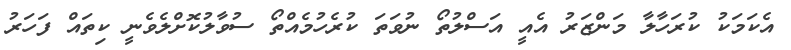
އެކަމަކު ކުރަހާލާ މަންޒަރު އެއީ އަސްލުތޯ ނުވަތަ ކުރެހުމެއްތޯ ސުވާލުކޮށްލެވެނީ ކިތައް ފަހަރު